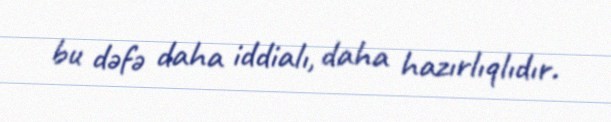
bu dəfə daha iddialı, daha hazırlıqlıdır.